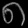
Digit: ၈